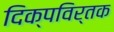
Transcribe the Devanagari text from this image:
दिक्पविर्तक